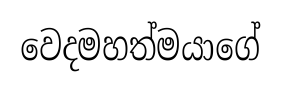
වෙදමහත්මයාගේ